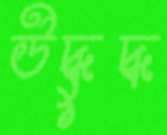
উদ্ধুদ্ধ